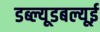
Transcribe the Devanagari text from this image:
डब्ल्यूडबल्यूई